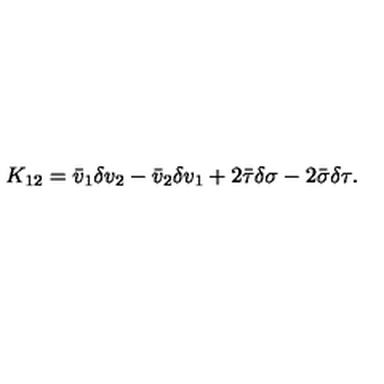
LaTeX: K _ { 1 2 } = \bar { v } _ { 1 } \delta v _ { 2 } - \bar { v } _ { 2 } \delta v _ { 1 } + 2 \bar { \tau } \delta \sigma - 2 \bar { \sigma } \delta \tau .